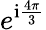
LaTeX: e^{\mathrm{i}\frac{4\pi}{3}}